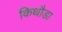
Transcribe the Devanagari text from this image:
किथौडा